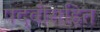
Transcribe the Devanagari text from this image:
पदवीसहित